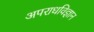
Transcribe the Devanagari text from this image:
अपराधविज्ञान